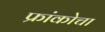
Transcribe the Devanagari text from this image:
फ्रांकोचा